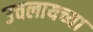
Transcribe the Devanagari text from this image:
उचलायच्या